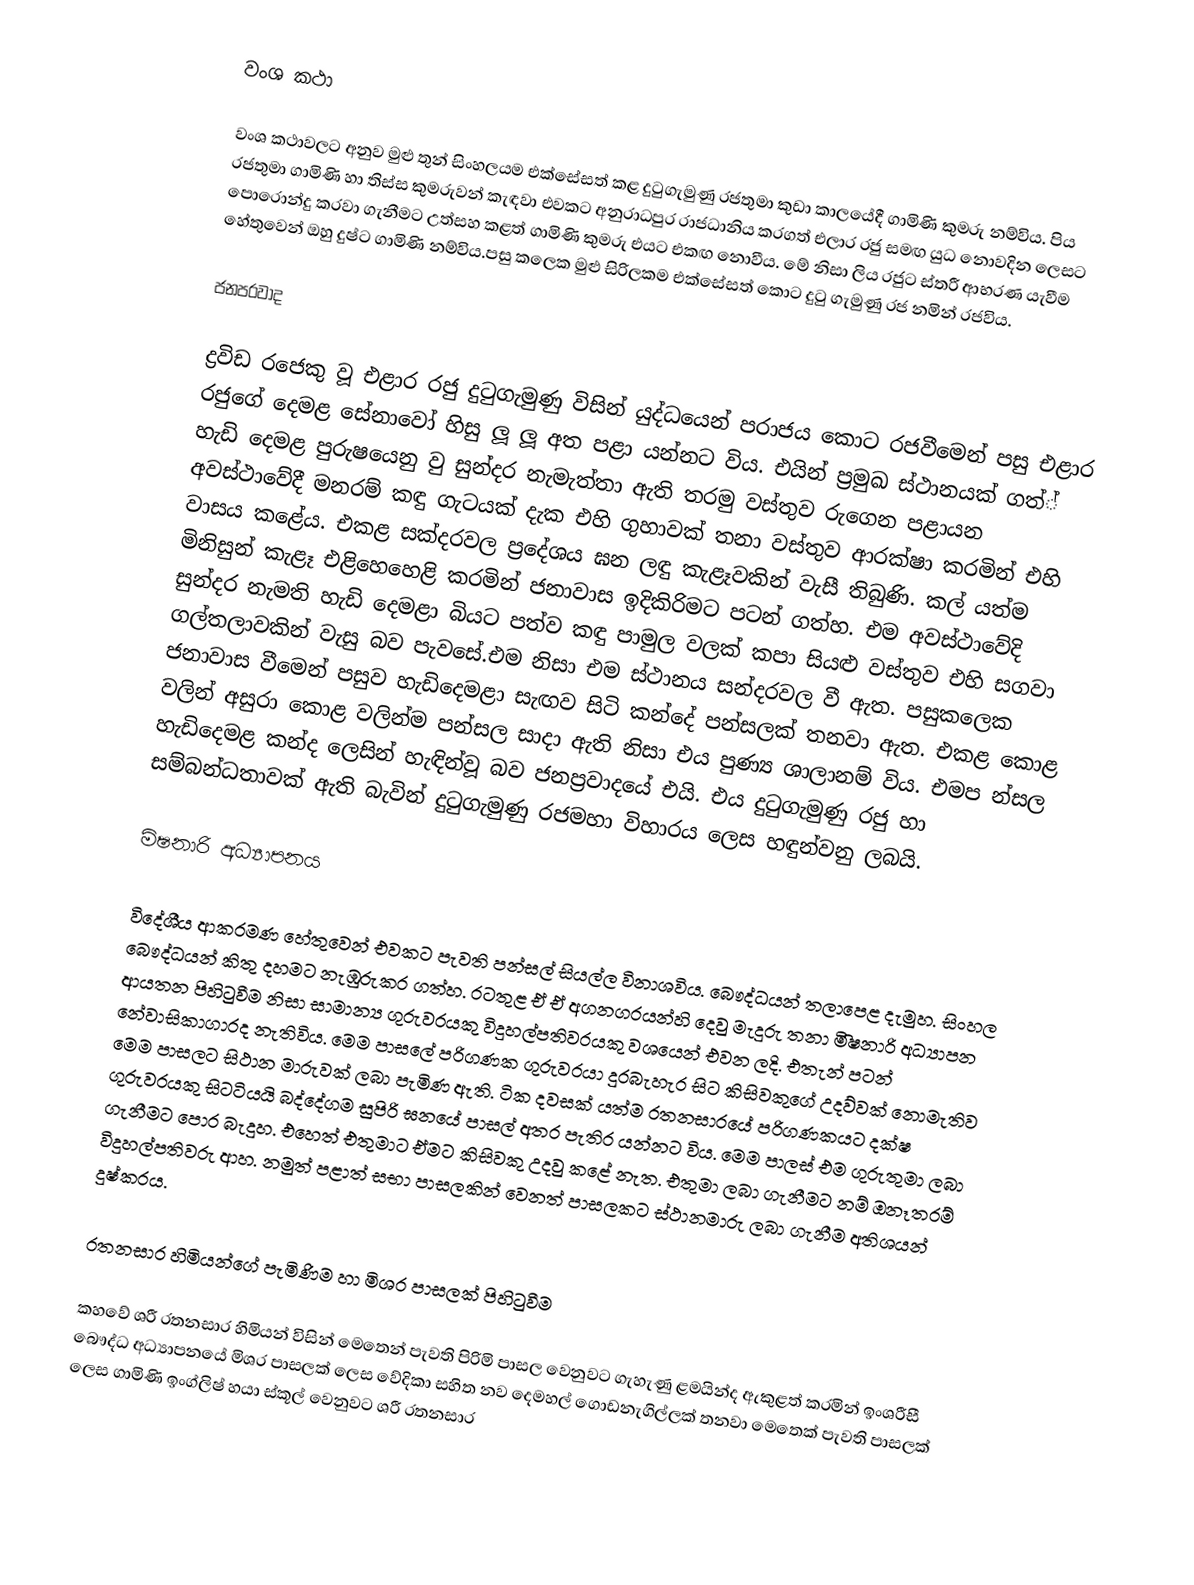
වංශ කථා

                    වංශ කථාවලට අනුව මුළු තුන් සිංහලයම එක්සේසත් කළ දුටුගැමුණු රජතුමා කුඩා කාලයේදී ගාමිණි කුමරු නම්විය. පිය රජතුමා ගාමිණි හා තිස්ස කුමරුවන් කැඳවා එවකට අනුරාධපුර රාජධානිය කරගත් එලාර රජු සමඟ යුධ නොවදින ලෙසට පොරොන්දු කරවා ගැනීමට උත්සහ කළත් ගාමිණි කුමරු එයට එකඟ නොවීය. මේ නිසා ලිය රජුට ස්ත‍්‍රී ආභරණ යැවීම හේතුවෙන් ඔහු දුෂ්ට ගාමිණි නම්විය.පසු කලෙක මුළු සිරිලකම එක්සේසත් කොට දුටු ගැමුණු රජ නමින් රජවිය.

ජනප‍්‍රවාද

                        ද්‍රවිඩ රජෙකු වූ එළාර රජු දුටුගැමුණු විසින් යුද්ධයෙන් පරාජය කොට රජවීමෙන් පසු එළාර රජුගේ දෙමළ සේනාවෝ හිසු ලූ ලූ අත පළා යන්නට විය. එයින් ප‍්‍රමුඛ ස්ථානයක් ගත්් හැඩි දෙමළ පුරුෂයෙනු වු සුන්දර නැමැත්තා ඇති තරමු වස්තුව රුගෙන පළායන අවස්ථාවේදී මනරම් කඳු ගැටයක් දැක එහි ගුහාවක් තනා වස්තුව ආරක්ෂා කරමින් එහි වාසය කළේය. එකළ සක්දරවල ප‍්‍රදේශය ඝන ලඳු කැළෑවකින් වැසී තිබුණි. කල් යත්ම මිනිසුන් කැළෑ එළිහෙහෙළි කරමින් ජනාවාස ඉදිකිරිමට පටන් ගත්හ. එම අවස්ථාවේදි සුන්දර නැමති හැඩි දෙමළා බියට පත්ව කඳු පාමුල වලක් කපා සියළු වස්තුව එහි සගවා ගල්තලාවකින් වැසු බව පැවසේ.එම නිසා එම ස්ථානය සන්දරවල වී ඇත. පසුකලෙක ජනාවාස වීමෙන් පසුව හැඩිදෙමළා සැඟව සිටි කන්දේ පන්සලක් තනවා ඇත. එකළ කොළ වලින් අසුරා කොළ වලින්ම පන්සල සාදා ඇති නිසා එය පුණ්‍ය ශාලානම් විය. එමප න්සල හැඩිදෙමළ කන්ද ලෙසින් හැඳින්වූ බව ජනප‍්‍රවාදයේ එයි. එය දුටුගැමුණු රජු හා සම්බන්ධතාවක් ඇති බැවින් දුටුගැමුණු රජමහා විහාරය ලෙස හඳුන්වනු ලබයි.

මිෂනාරි අධ්‍යාපනය

                          විදේශීය ආක‍්‍රමණ හේතුවෙන් එවකට පැවති පන්සල් සියල්ල විනාශවිය. බෞද්ධයන් තලාපෙළ දැමුහ. සිංහල බෞද්ධයන් කිතු දහමට නැඹුරුකර ගත්හ. රටතුළ ඒ ඒ අගනගරයන්හි දෙවු මැදුරු තනා මිිෂනාරි අධ්‍යාපන ආයතන පිහිටුවීම නිසා සාමාන්‍ය ගුරුවරයකු විදුහල්පතිවරයකු වශයෙන් එවන ලදි. එතැන් පටන් නේවාසිකාගාරද නැතිවිය. මෙම පාසලේ පරිගණක ගුරුවරයා දුරබැහැර සිට කිසිවකුගේ උදව්වක් නොමැතිව මෙම පාසලට සිථාන මාරුවක් ලබා පැමිණ ඇති. ටික දවසක් යත්ම රතනසාරයේ පරිගණකයට දක්ෂ ගුරුවරයකු සිටටියයි බද්දේගම සුපිරි ඝනයේ පාසල් අතර පැතිර යන්නට විය. මෙම පාලස් එම ගුරුතුමා ලබා ගැනීමට පොර බැදුහ. එහෙත් එතුමාට ඒමට කිසිවකු උදවු කළේ නැත. එතුමා ලබා ගැනීමට නම් ඔනෑතරම් විදුහල්පතිවරු ආහ. නමුත් පළාත් සභා පාසලකින් වෙනත් පාසලකට ස්ථානමාරු ලබා ගැනීම අතිශයන් දුෂ්කරය.

රතනසාර හිමියන්ගේ පැමිණිම හා මිශ‍්‍ර පාසලක් පිහිටුවීම

                      කහවේ ශ‍්‍රී රතනසාර හිමියන් විසින් මෙතෙන් පැවති පිරිමි පාසල වෙනුවට ගැහැණු ළමයින්ද ඇකුළත් කරමින් ඉංශ‍්‍රීසී බෞද්ධ අධ්‍යාපනයේ මිශ‍්‍ර පාසලක් ලෙස වේදිකා සහිත නව දෙමහල් ගොඩනැගිල්ලක් තනවා මෙතෙක් පැවති පාසලක් ලෙස ගාමිණි ඉංග්ලිෂ් හයා ස්කූල් වෙනුවට ශ‍්‍රී රතනසාර